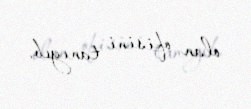
olan ofisini tanıyıb.